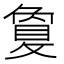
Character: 敻